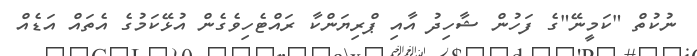
ނުކުތް "ކަމީނޭ"ގެ ފަހުން ޝާހިދު އާއި ޕްރިޔަންކާ ރައްޓެހިވެގެން އުޅޭކަމުގެ އެތައް އަޑެއް